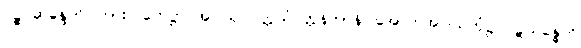
ပဉ္စ ဆိန္ဒေတိ၊ ကား။ ဟေဋ္ဌာ အပါယုပပတ္တိသံဝတ္တနိကာနိ၊ အောက်အပါယ်ဘုံ၌ ပဋိသန္ဓေကို